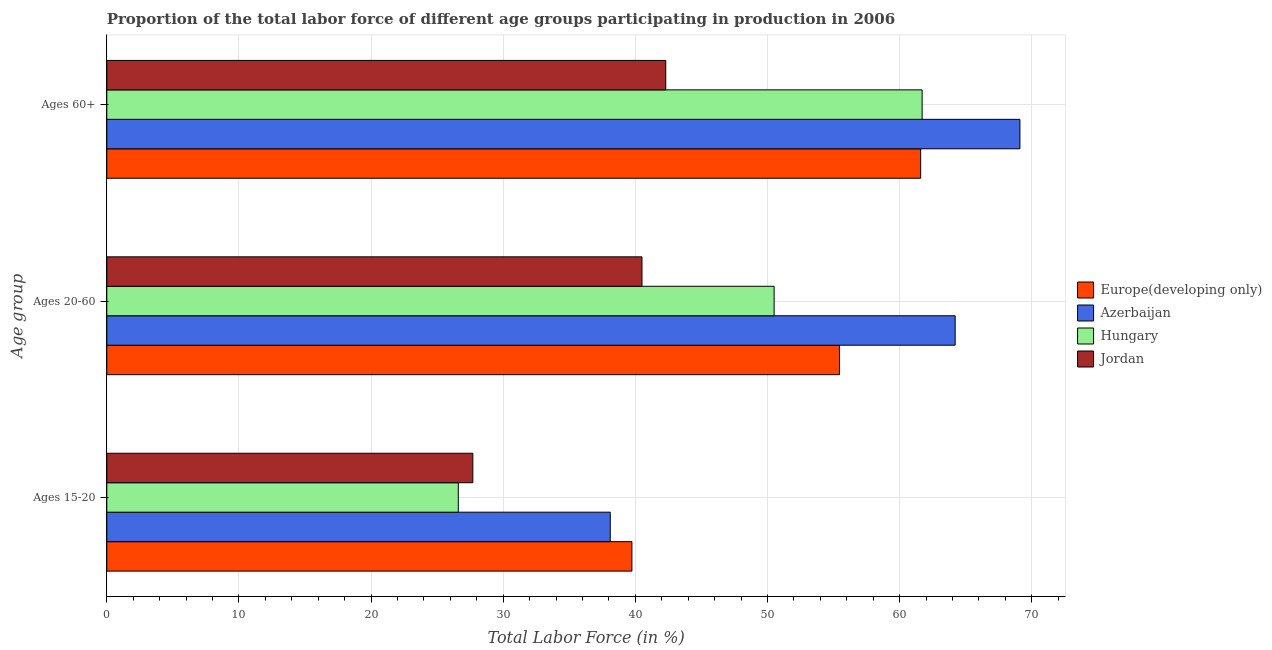
| Age group | Europe(developing only) | Azerbaijan | Hungary | Jordan |
 | --- | --- | --- | --- | --- |
 | Ages 15-20 | 39.7 | 38.1 | 26.6 | 27.7 |
 | Ages 20-60 | 55.4 | 64.2 | 50.5 | 40.5 |
 | Ages 60+ | 61.6 | 69.1 | 61.7 | 42.3 |